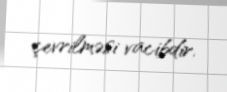
çevrilməsi vacibdir.